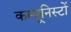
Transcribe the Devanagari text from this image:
कम्यूनिस्टों